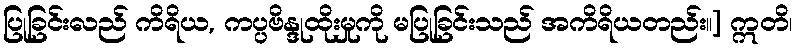
ပြုခြင်းလည် ကိရိယ, ကပ္ပဗိန္ဒုထိုးမှုကို မပြုခြင်းသည် အကိရိယတည်း။] ဣတိ၊